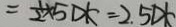
= \frac { 1 } { 2 } \times 5 D K = 2 . 5 D K